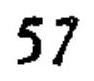
\(57\)